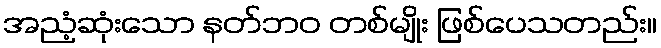
အညံ့ဆုံးသော နတ်ဘဝ တစ်မျိုး ဖြစ်ပေသတည်း။